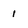
Character: 1